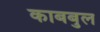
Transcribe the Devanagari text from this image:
काबबुल